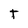
Character: T